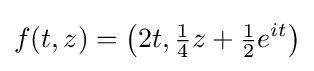
f(t,z)=\left(2t,{\tfrac {1}{4}}z+{\tfrac {1}{2}}e^{it}\right)